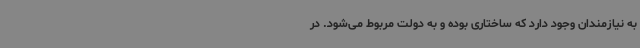
به نیازمندان وجود دارد که ساختاری بوده و به دولت مربوط می‌شود. در